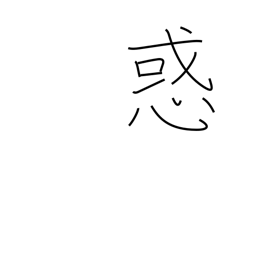
Meaning: perplexity